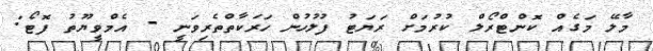
މާލޭ މަގެއް ކޮންޓްރޯލް ކުރުމަށް ރަޔަޓު ފުލުހުން ހަރަކާތްތެރިވަނީ - އެމްވީޔޫތު ފޮޓޯ: